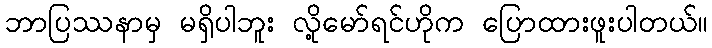
ဘာပြဿနာမှ မရှိပါဘူး လို့မော်ရင်ဟိုက ပြောထားဖူးပါတယ်။